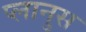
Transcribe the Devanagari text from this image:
प्लानुस